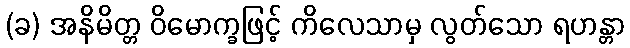
(ခ) အနိမိတ္တ ဝိမောက္ခဖြင့် ကိလေသာမှ လွတ်သော ရဟန္တာ